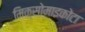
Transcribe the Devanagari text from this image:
मिक्सोमाइकोटा